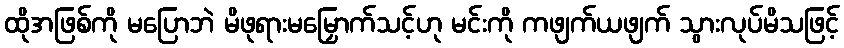
ထိုအဖြစ်ကို မပြောဘဲ မိဖုရားမမြှောက်သင့်ဟု မင်းကို ကဖျက်ယဖျက် သွားလုပ်မိသဖြင့်